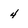
Character: 4